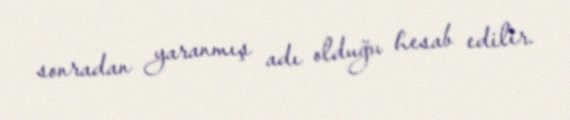
sonradan yaranmış adı olduğu hesab edilir.